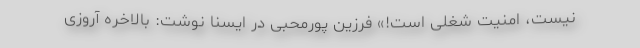
نیست، امنیت شغلی است!» فرزین پورمحبی در ایسنا نوشت: بالاخره آروزی